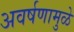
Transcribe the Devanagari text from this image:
अवर्षणामुळे